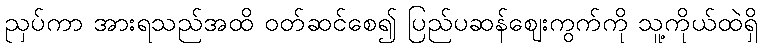
ညှပ်ကာ အားရသည်အထိ ဝတ်ဆင်စေ၍ ပြည်ပဆန်ဈေးကွက်ကို သူ့ကိုယ်ထဲရှိ